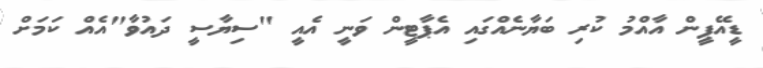
ޑީއޭޕީން އާއްމު ކުރި ބަޔާނެއްގައި އެޕާޓީން ވަނީ އެއީ "ސިޔާސީ ދައުވާ"އެއް ކަމަށް